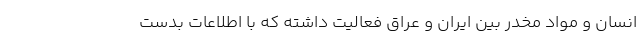
انسان و مواد مخدر بین ایران و عراق فعالیت داشته که با اطلاعات بدست